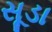
સૂડા